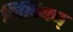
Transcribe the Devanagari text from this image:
बिलियन्